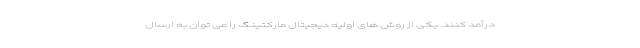
درآمد کنند. یکی از روش های اولیه دیجیتال مارکتینگ را می توان به ارسال